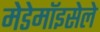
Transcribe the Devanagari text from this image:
मेडेमॉइसेले